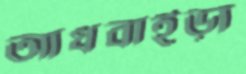
আধবাইড়া